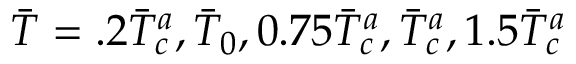
\Bar { T } = . 2 \Bar { T } _ { c } ^ { a } , \Bar { T } _ { 0 } , 0 . 7 5 \Bar { T } _ { c } ^ { a } , \Bar { T } _ { c } ^ { a } , 1 . 5 \Bar { T } _ { c } ^ { a }